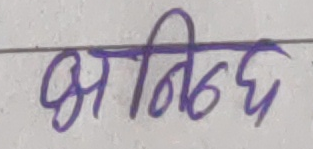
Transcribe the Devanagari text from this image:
अभिनन्द